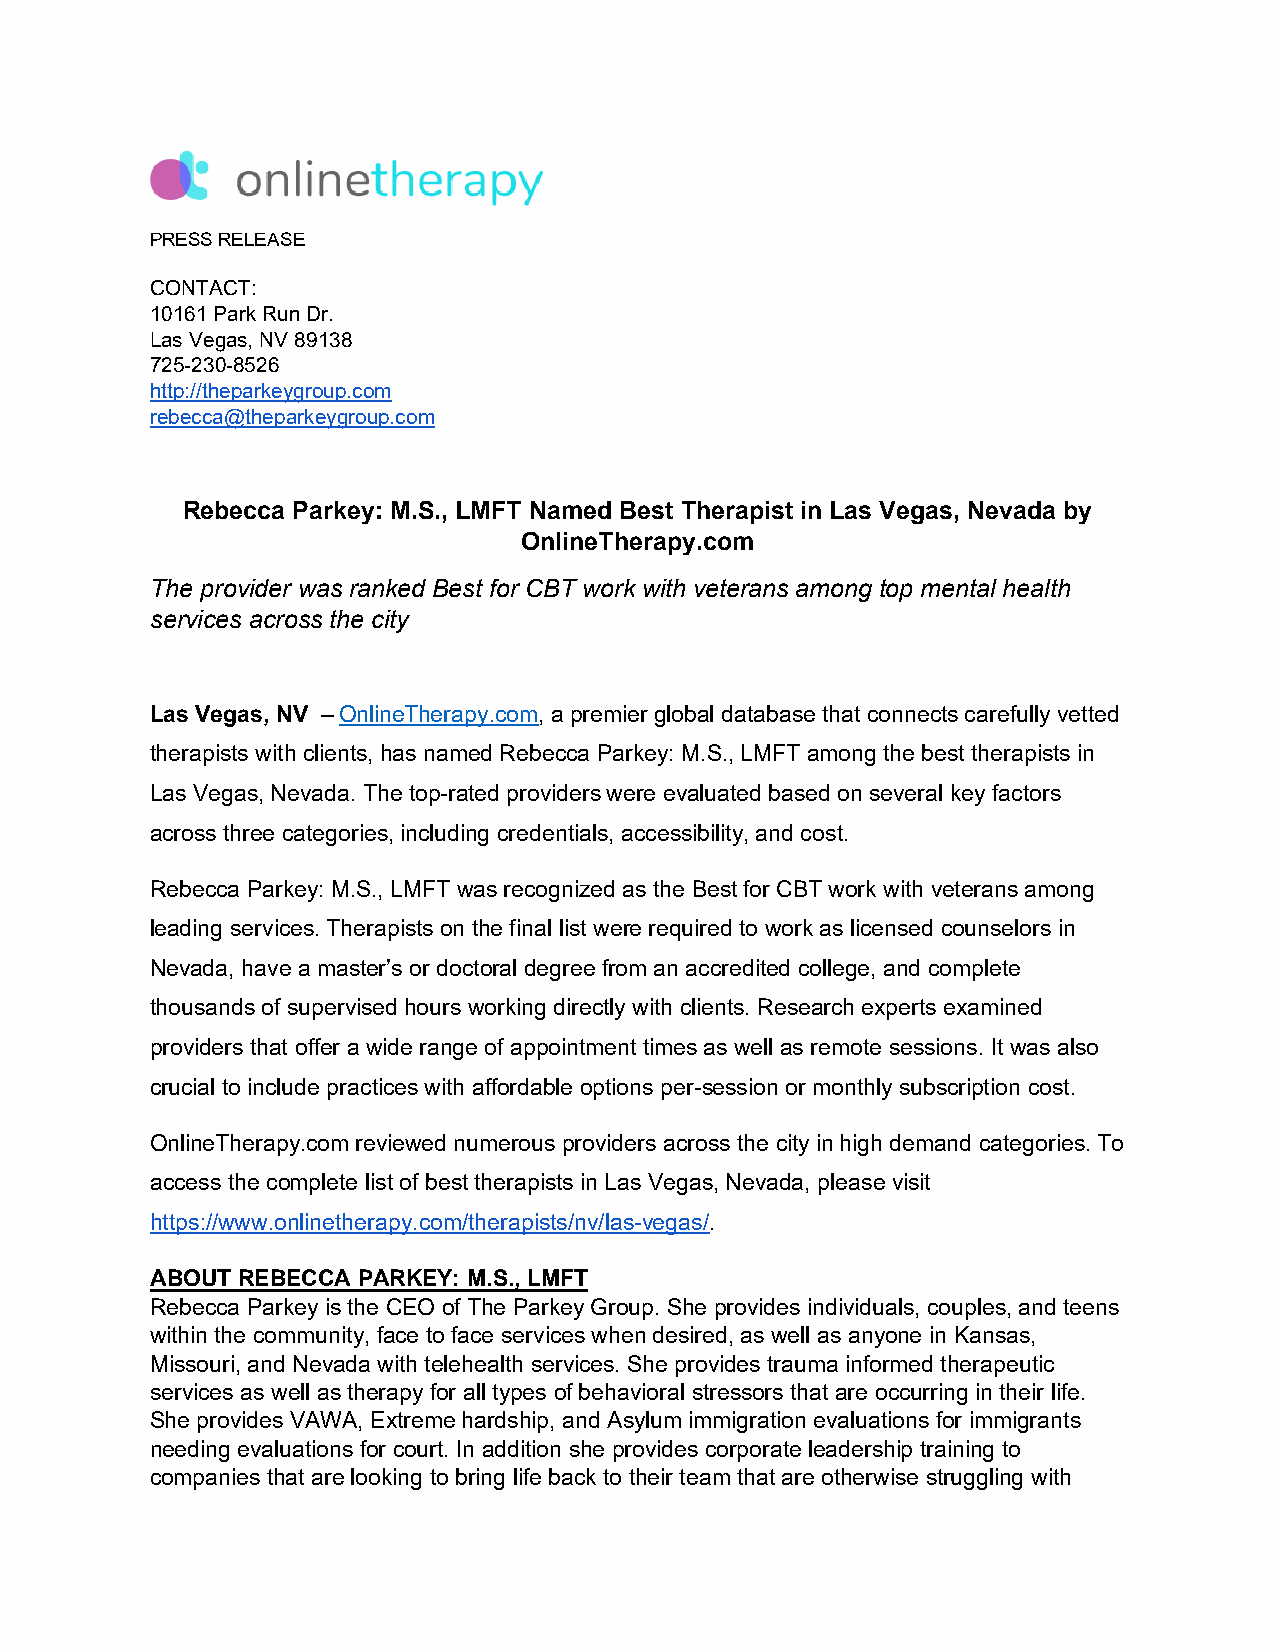
PRESS RELEASE
 CONTACT:
 10161 Park Run Dr.
 Las Vegas, NV 89138
 725-230-8526
 http://theparkeygroup.com
 rebecca@theparkeygroup.com
 Rebecca Parkey: M.S., LMFT Named Best Therapist in Las Vegas, Nevada by
 OnlineTherapy.com
 The provider was ranked Best for CBT work with veterans among top mental health
 services across the city
 Las Vegas, NV – OnlineTherapy.com, a premier global database that connects carefully vetted
 therapists with clients, has named Rebecca Parkey: M.S., LMFT among the best therapists in
 Las Vegas, Nevada. The top-rated providers were evaluated based on several key factors
 across three categories, including credentials, accessibility, and cost.
 Rebecca Parkey: M.S., LMFT was recognized as the Best for CBT work with veterans among
 leading services. Therapists on the final list were required to work as licensed counselors in
 Nevada, have a master’s or doctoral degree from an accredited college, and complete
 thousands of supervised hours working directly with clients. Research experts examined
 providers that offer a wide range of appointment times as well as remote sessions. It was also
 crucial to include practices with affordable options per-session or monthly subscription cost.
 OnlineTherapy.com reviewed numerous providers across the city in high demand categories. To
 access the complete list of best therapists in Las Vegas, Nevada, please visit
 https://www.onlinetherapy.com/therapists/nv/las-vegas/.
 ABOUT REBECCA PARKEY: M.S., LMFT
 Rebecca Parkey is the CEO of The Parkey Group. She provides individuals, couples, and teens
 within the community, face to face services when desired, as well as anyone in Kansas,
 Missouri, and Nevada with telehealth services. She provides trauma informed therapeutic
 services as well as therapy for all types of behavioral stressors that are occurring in their life.
 She provides VAWA, Extreme hardship, and Asylum immigration evaluations for immigrants
 needing evaluations for court. In addition she provides corporate leadership training to
 companies that are looking to bring life back to their team that are otherwise struggling with